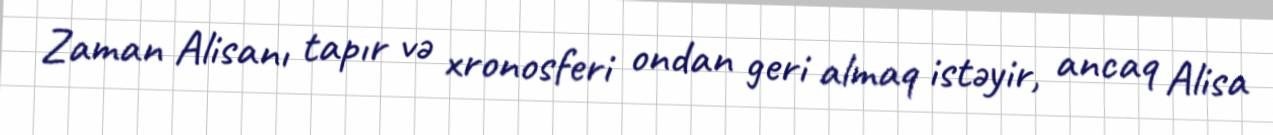
Zaman Alisanı tapır və xronosferi ondan geri almaq istəyir, ancaq Alisa